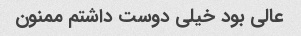
عالی بود خیلی دوست داشتم ممنون